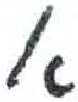
אות: א